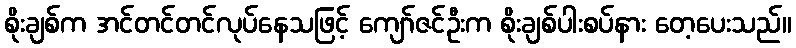
စိုးချစ်က အင်တင်တင်လုပ်နေသဖြင့် ကျော်ဇင်ဦးက စိုးချစ်ပါးစပ်နား တေ့ပေးသည်။